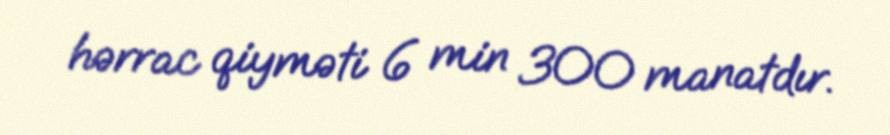
hərrac qiyməti 6 min 300 manatdır.